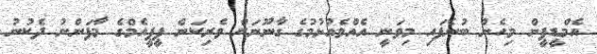
އެމްޑީޕީން މިހެން ބުނެފައި މިވަނީ އެއްވެއުޅުމުގެ ގާނޫނަށް ވެރިކަން ޕީޕީއެމްގެ މާފަންނު ދެކުނު